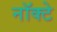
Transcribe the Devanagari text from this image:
नॉक्टे